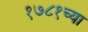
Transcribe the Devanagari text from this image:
१७८१च्या